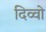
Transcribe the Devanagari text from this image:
दिव्वो